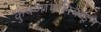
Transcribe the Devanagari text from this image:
कुंपणापलिकडून